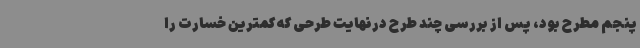
پنجم مطرح بود، پس از بررسی چند طرح درنهایت طرحی که کمترین خسارت را